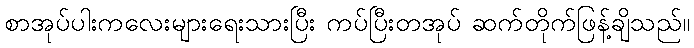
စာအုပ်ပါးကလေးများရေးသားပြီး ကပ်ပြီးတအုပ် ဆက်တိုက်ဖြန့်ချိသည်။